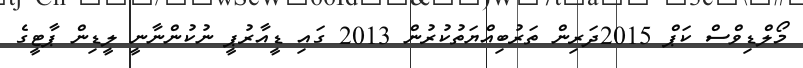
މޯލްޑިވްސް ކަޕް 2015ދަރިން ތަރުބިއްޔަތުކުރުން 2013 ގައި ޑީއާރުޕީ ނުކުންނާނީ ލީޑިން ޕާޓީގެ